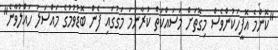
"ކޮންމެ އޮފީހަކުންވެސް މިގޮތަށް މަސައްކަތް ކުރާނަމަ މަގުގައި ފެން ބޮޑުވުމުގެ މައްސަލަ ހައްލުވާނެ"